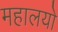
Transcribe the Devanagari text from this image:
महालयों